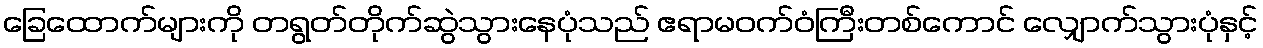
ခြေထောက်များကို တရွတ်တိုက်ဆွဲသွားနေပုံသည် ဧရာမဝက်ဝံကြီးတစ်ကောင် လျှောက်သွားပုံနှင့်